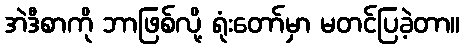
အဲဒီစာကို ဘာဖြစ်လို့ ရုံးတော်မှာ မတင်ပြခဲ့တာ။